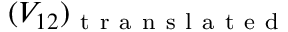
( V _ { 1 2 } ) _ { \mathrm { ~ t ~ r ~ a ~ n ~ s ~ l ~ a ~ t ~ e ~ d ~ } }